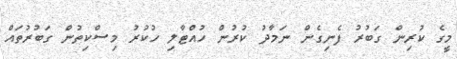
މީގެ ކުރިން ގަބުރު ފެނިގެން ނަމާދު ކުރުން ހުއްޓާލި ހުކުރު މިސްކިތުން ގަބުރުތައް